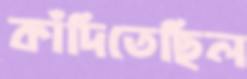
কাঁদিতেছিল